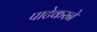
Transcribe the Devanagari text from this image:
पाटेकरने